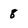
Character: 8